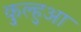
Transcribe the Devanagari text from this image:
कुल्हुआ